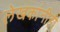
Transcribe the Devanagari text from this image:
लेखकांनीही